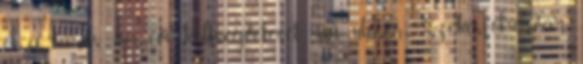
el a város 2018. évi költségvetését mai ülésén Székesfehérvár